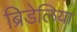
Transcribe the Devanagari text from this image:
ब्रिडेलिया